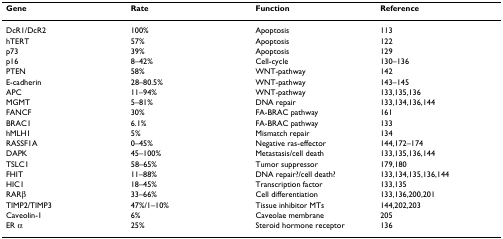
| Gene | Rate | Function | Reference |
 | --- | --- | --- | --- |
 | DcR1/DcR2 | 100% | Apoptosis | 113 |
 | hTERT | 57% | Apoptosis | 122 |
 | p73 | 39% | Apoptosis | 129 |
 | p16 | 8–42% | Cell-cycle | 130–136 |
 | PTEN | 58% | WNT-pathway | 142 |
 | E-cadherin | 28–80.5% | WNT-pathway | 143–145 |
 | APC | 11–94% | WNT-pathway | 133,135,136 |
 | MGMT | 5–81% | DNA repair | 133,134,136,144 |
 | FANCF | 30% | FA-BRAC pathway | 161 |
 | BRAC1 | 6.1% | FA-BRAC pathway | 133 |
 | hMLH1 | 5% | Mismatch repair | 134 |
 | RASSF1A | 0–45% | Negative ras-effector | 144,172–174 |
 | DAPK | 45–100% | Metastasis/cell death | 133,135,136,144 |
 | TSLC1 | 58–65% | Tumor suppressor | 179,180 |
 | FHIT | 11–88% | DNA repair?/cell death? | 133,134,135,136,144 |
 | HIC1 | 18–45% | Transcription factor | 133,135 |
 | RARβ | 33–66% | Cell differentiation | 133,136,200,201 |
 | TIMP2/TIMP3 | 47%/1–10% | Tissue inhibitor MTs | 144,202,203 |
 | Caveolin-1 | 6% | Caveolae membrane | 205 |
 | ER α | 25% | Steroid hormone receptor | 136 |